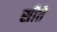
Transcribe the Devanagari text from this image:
सीते